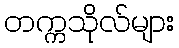
တက္ကသိုလ်များ